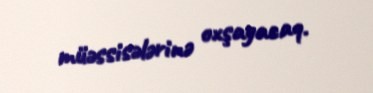
müəssisələrinə oxşayacaq.